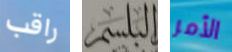
راقب البلسم الأمر